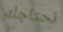
نحتاجك